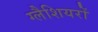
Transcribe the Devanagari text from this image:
ग्लैशियरों